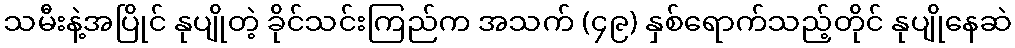
သမီးနဲ့အပြိုင် နုပျိုတဲ့ ခိုင်သင်းကြည်က အသက် (၄၉) နှစ်ရောက်သည့်တိုင် နုပျိုနေဆဲ